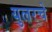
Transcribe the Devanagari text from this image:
युलरचे